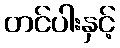
တင်ပါးနှင့်